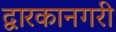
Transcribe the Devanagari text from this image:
द्वारकानगरी